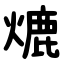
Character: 熝